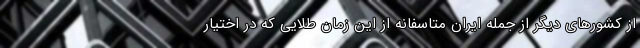
از کشورهای دیگر از جمله ایران متاسفانه از این زمان طلایی که در اختیار